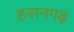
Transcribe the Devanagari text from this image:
हसनगढ़